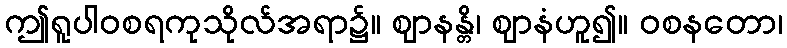
ဤရူပါဝစရကုသိုလ်အရာ၌။ ဈာနန္တိ၊ ဈာနံဟူ၍။ ဝစနတော၊